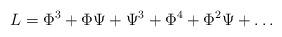
LaTeX: \begin{align*}L=\Phi^3+\Phi\Psi + \Psi^3+\Phi^4+\Phi^2\Psi+\dots\end{align*}